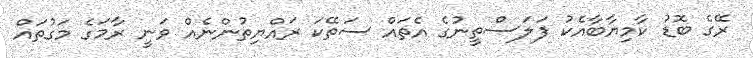
ރޭގެ ބޮޑު ކާމިޔާބާއެކު ފަލަސްތީނުގެ އެތައް ސަތޭކަ ރައްޔިތުންނެއް ވަނީ ރާމަގެ މަގުތައް